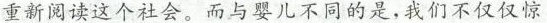
重新阅读这个社会。儿与婴儿不同的是，我们不仅仅惊